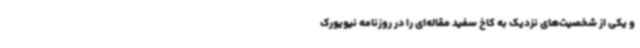
و یکی از شخصیت‌های نزدیک به کاخ سفید مقاله‌ای را در روزنامه نیویورک